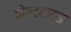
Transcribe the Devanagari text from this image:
बोगद्याकडे